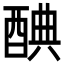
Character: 𨡏